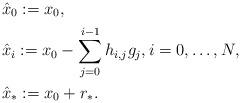
LaTeX: \begin{align*}& \hat x_0:=x_0,\\& \hat x_i:=x_0-\sum_{j=0}^{i-1} h_{i,j} g_j, { i =0,\hdots, N}, \\& \hat x_* := x_0+r_*.\end{align*}